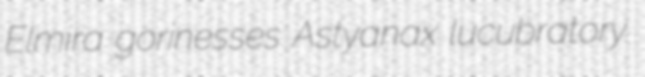
Elmira gorinesses Astyanax lucubratory